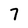
Character: 7